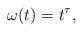
LaTeX: \begin{align*} \omega(t)=t^{\tau},\end{align*}